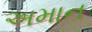
અમાન